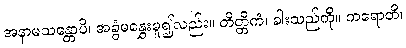
အနာမသန္တောပိ၊ အခွံမနွှေးမူ၍လည်း။ တိတ္တိကံ၊ ခါးသည်ကို။ ကရောတိ၊